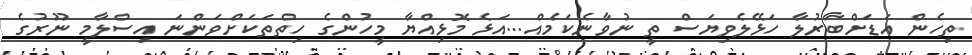
ތިހެން އަޑަށްބާރުލާ ހަޅޭލެވިޔަސް ތީ ނުވާނެކަމެއް...އަޅެ މޮޅިއްޔާ މީހުންގެ ހިތްތަކަށްވަންނަ އިސްލާމީ ނޫރުގެ